65_HS1-834228961_62-HQ-83894_Serial_130
Agency: FBI
Page 119
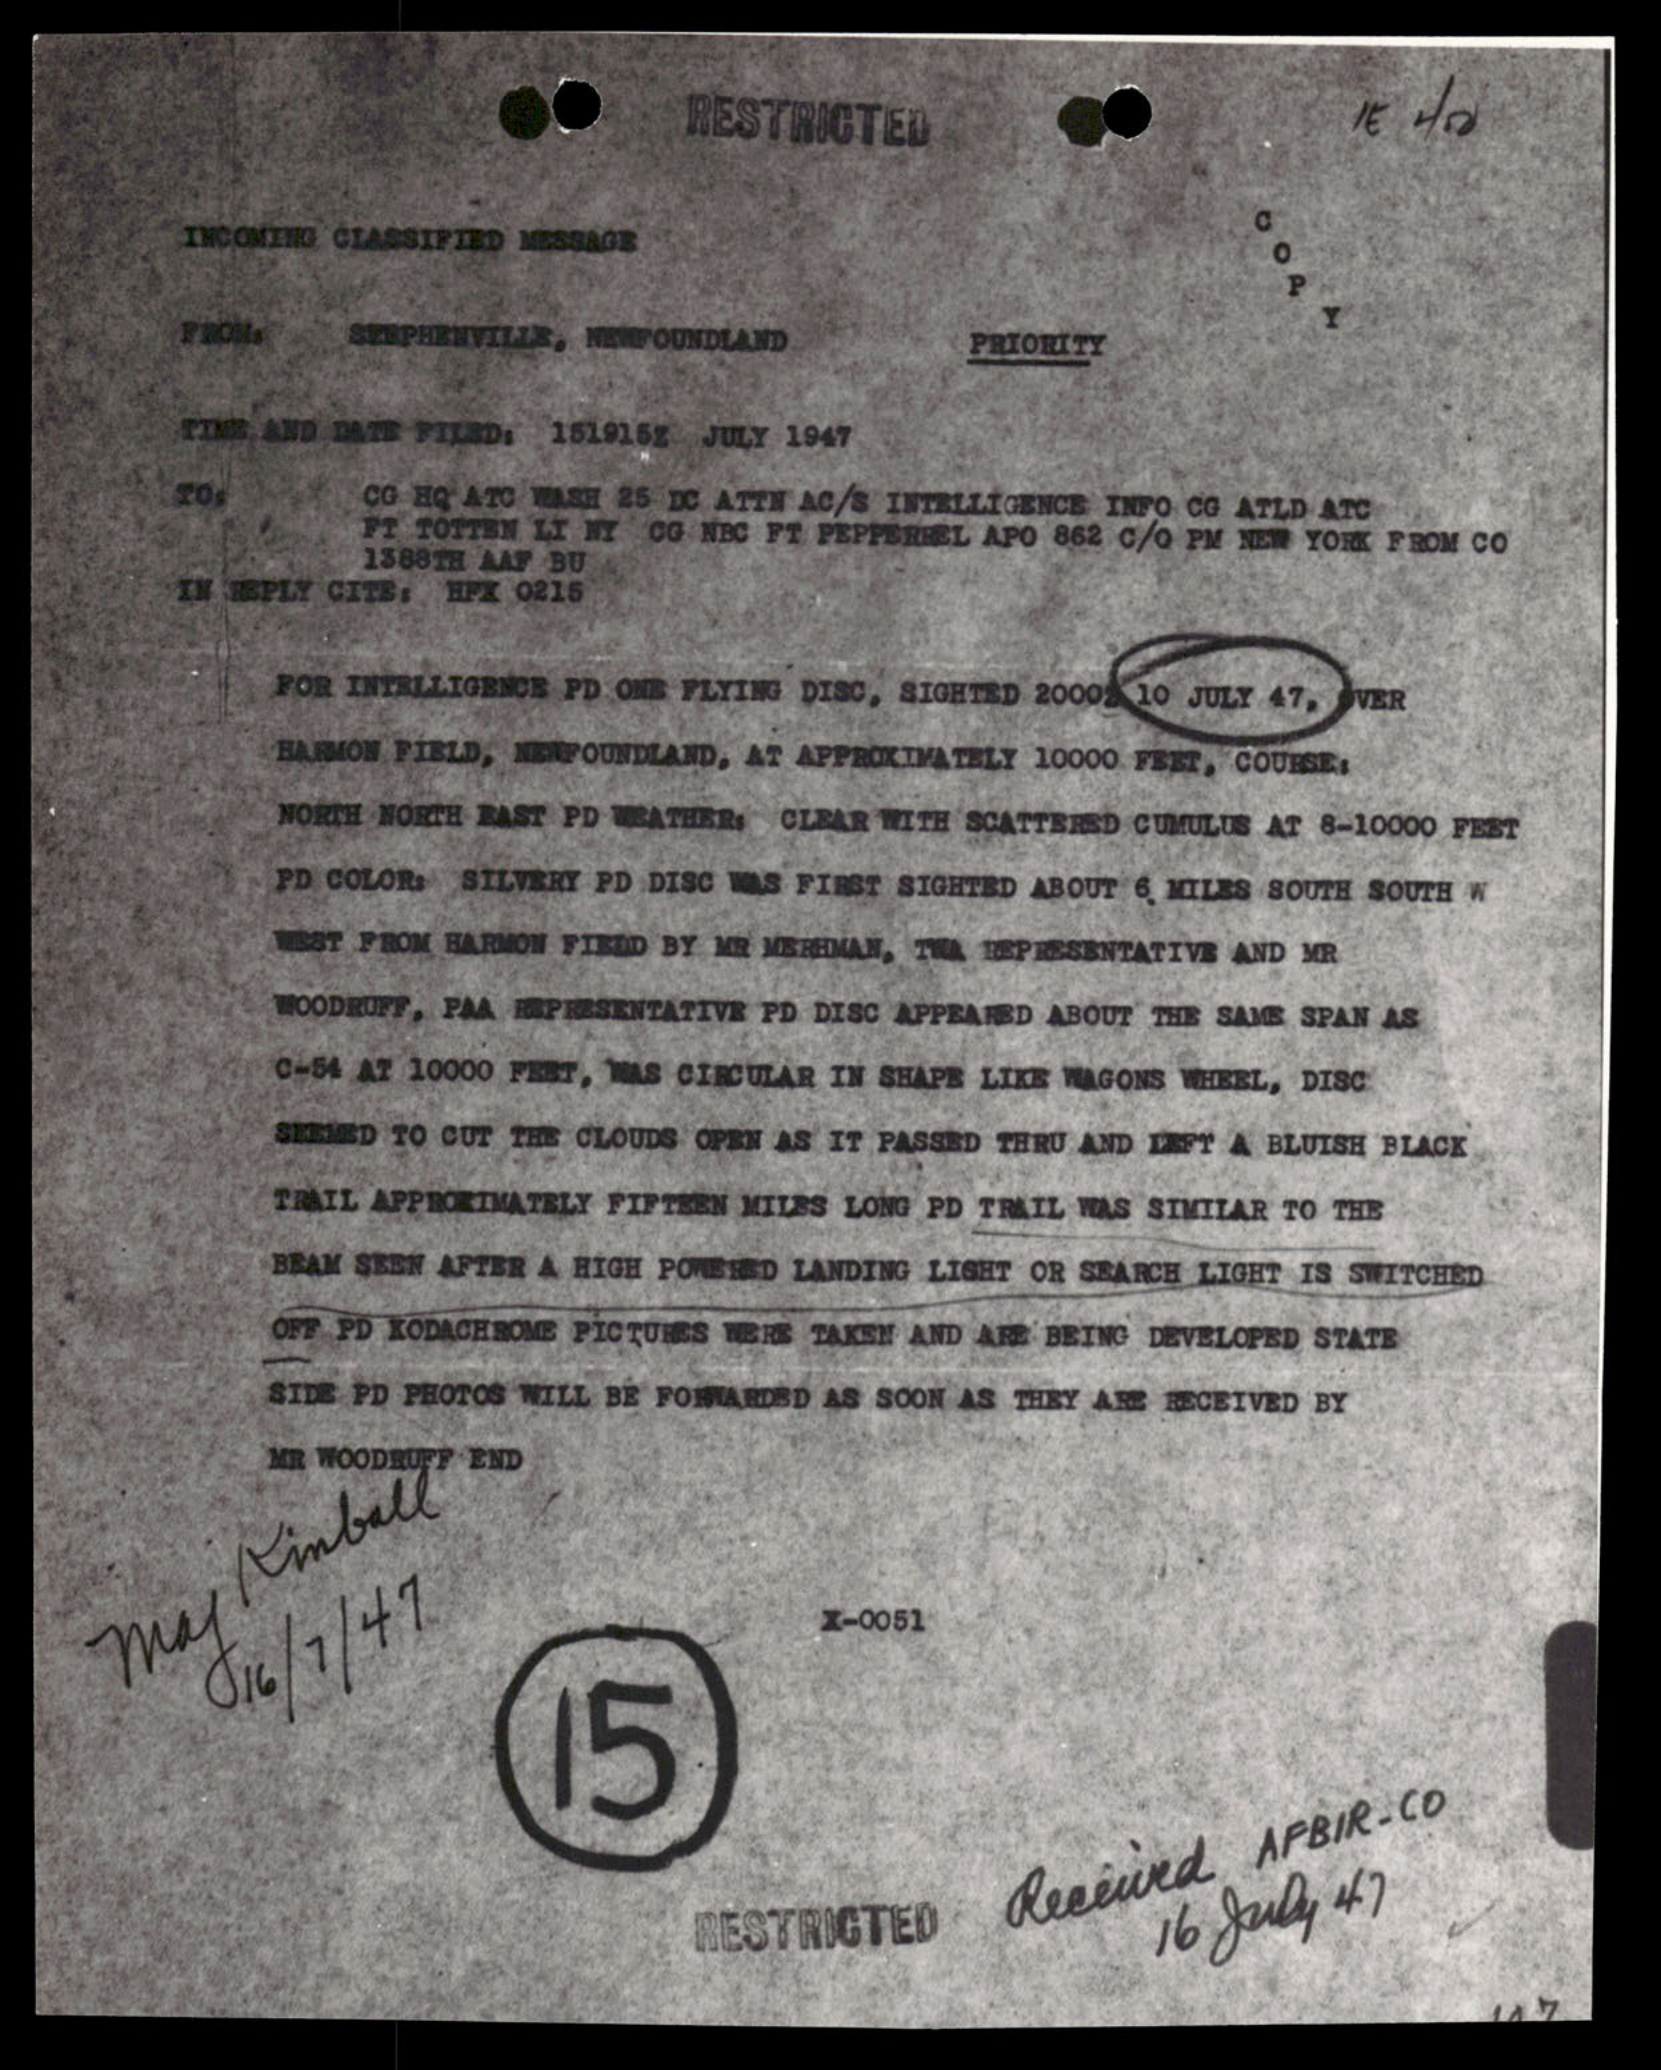